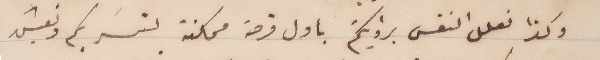
وكذا نعلل النفس برؤيتكم باول فرصة ممكنة لنسَر بكم ونعيش